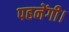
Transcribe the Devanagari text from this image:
पहनेंगी।